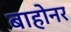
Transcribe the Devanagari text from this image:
बाहोनर